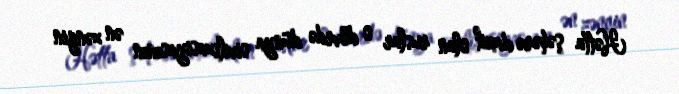
Hətta şəhərə daxil olan ruslar o dövrdə dünya sivilizasiyasının ən zəngin